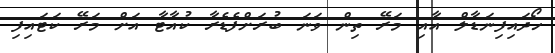
ހޯދައިފިނަޑާލް އާއި މަރޭ ތިން ވަނަ ބުރަށްފެޑެރާ ކުއާޓާ އަށް މަރޭ ކަޓައިފި